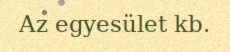
Az egyesület kb.